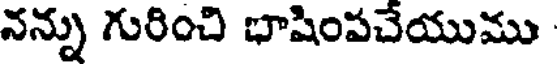
నన్ను గురించి భాషింపచేయుము